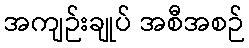
အကျဉ်းချုပ် အစီအစဉ်